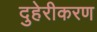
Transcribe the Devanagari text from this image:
दुहेरीकरण